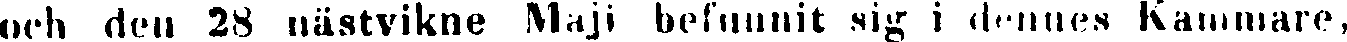
och den 28 nästvikne Maji befunnit sig i dennes Kammare,